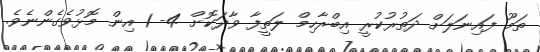
ތަމޫ ފައިނަލަށް ދަތުރުކުރީ އިބްރާހިމް ލަތީފާ ވާދަކޮށް 4- 1 އިން މޮޅުވެގެންނެވެ.